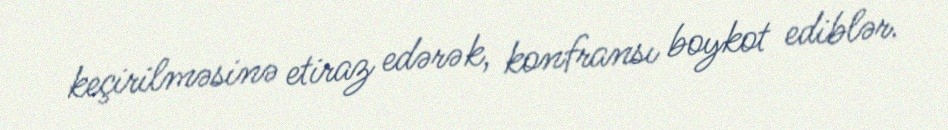
keçirilməsinə etiraz edərək, konfransı boykot ediblər.